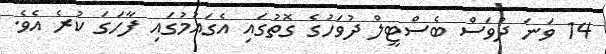
14 ވަނަ ދުވަސް ބެސްޓީލް ދުވަހުގެ ގޮޮތުގައި އެގައުމުގައި ފާހަގަ ކުރެ އެވެ.